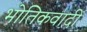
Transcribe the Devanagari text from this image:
भोतिकवादी